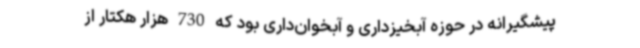
پیشگیرانه در حوزه آبخیزداری و آبخوان‌داری بود که 730 هزار هکتار از